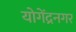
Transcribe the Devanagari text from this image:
योगेंद्रनगर